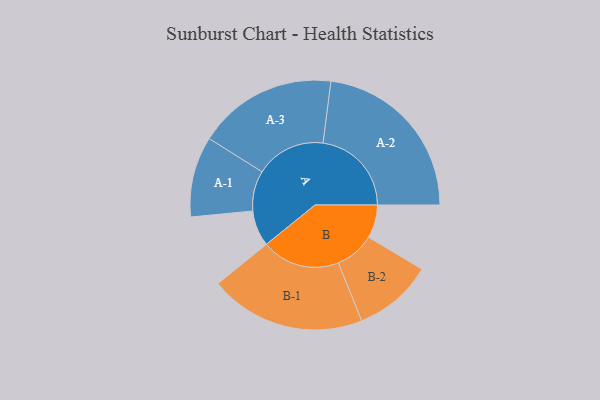
{"axis": {"x": "Segment", "y": "Value"}, "legend": ["", "A", "B"], "data": [{"x": "A", "y": 121, "type": ""}, {"x": "B", "y": 112, "type": ""}, {"x": "A-1", "y": 136, "type": "A"}, {"x": "A-2", "y": 299, "type": "A"}, {"x": "A-3", "y": 236, "type": "A"}, {"x": "B-1", "y": 264, "type": "B"}, {"x": "B-2", "y": 134, "type": "B"}]}